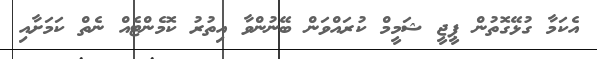
އެކަމާ ގުޅޭގޮތުން ޕީޖީ ޝަމީމް ކުރައްވަން ބޭނުންވާ އިތުރު ކޮމެންޓެއް ނެތް ކަމަށާއި